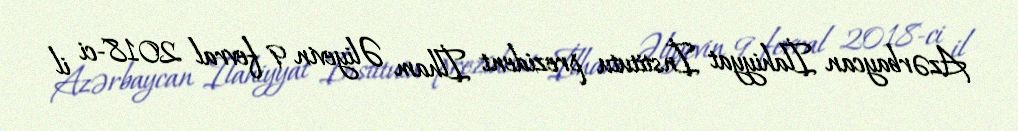
Azərbaycan İlahiyyat İnstitutu prezident İlham Əliyevin 9 fevral 2018-ci il